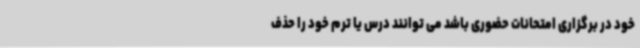
خود در برگزاری امتحانات حضوری باشد می توانند درس یا ترم خود را حذف